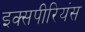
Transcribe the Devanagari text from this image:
इक्सपीरियंस